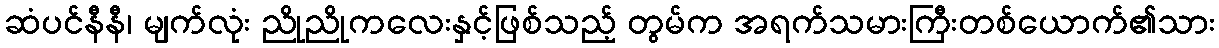
ဆံပင်နီနီ၊ မျက်လုံး ညိုညိုကလေးနှင့်ဖြစ်သည့် တွမ်က အရက်သမားကြီးတစ်ယောက်၏သား